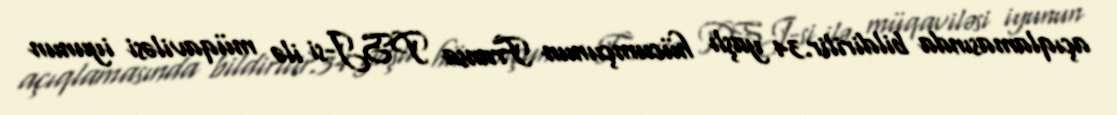
açıqlamasında bildirilir.34 yaşlı hücumçunun Fransa PSJ-si ilə müqaviləsi iyunun